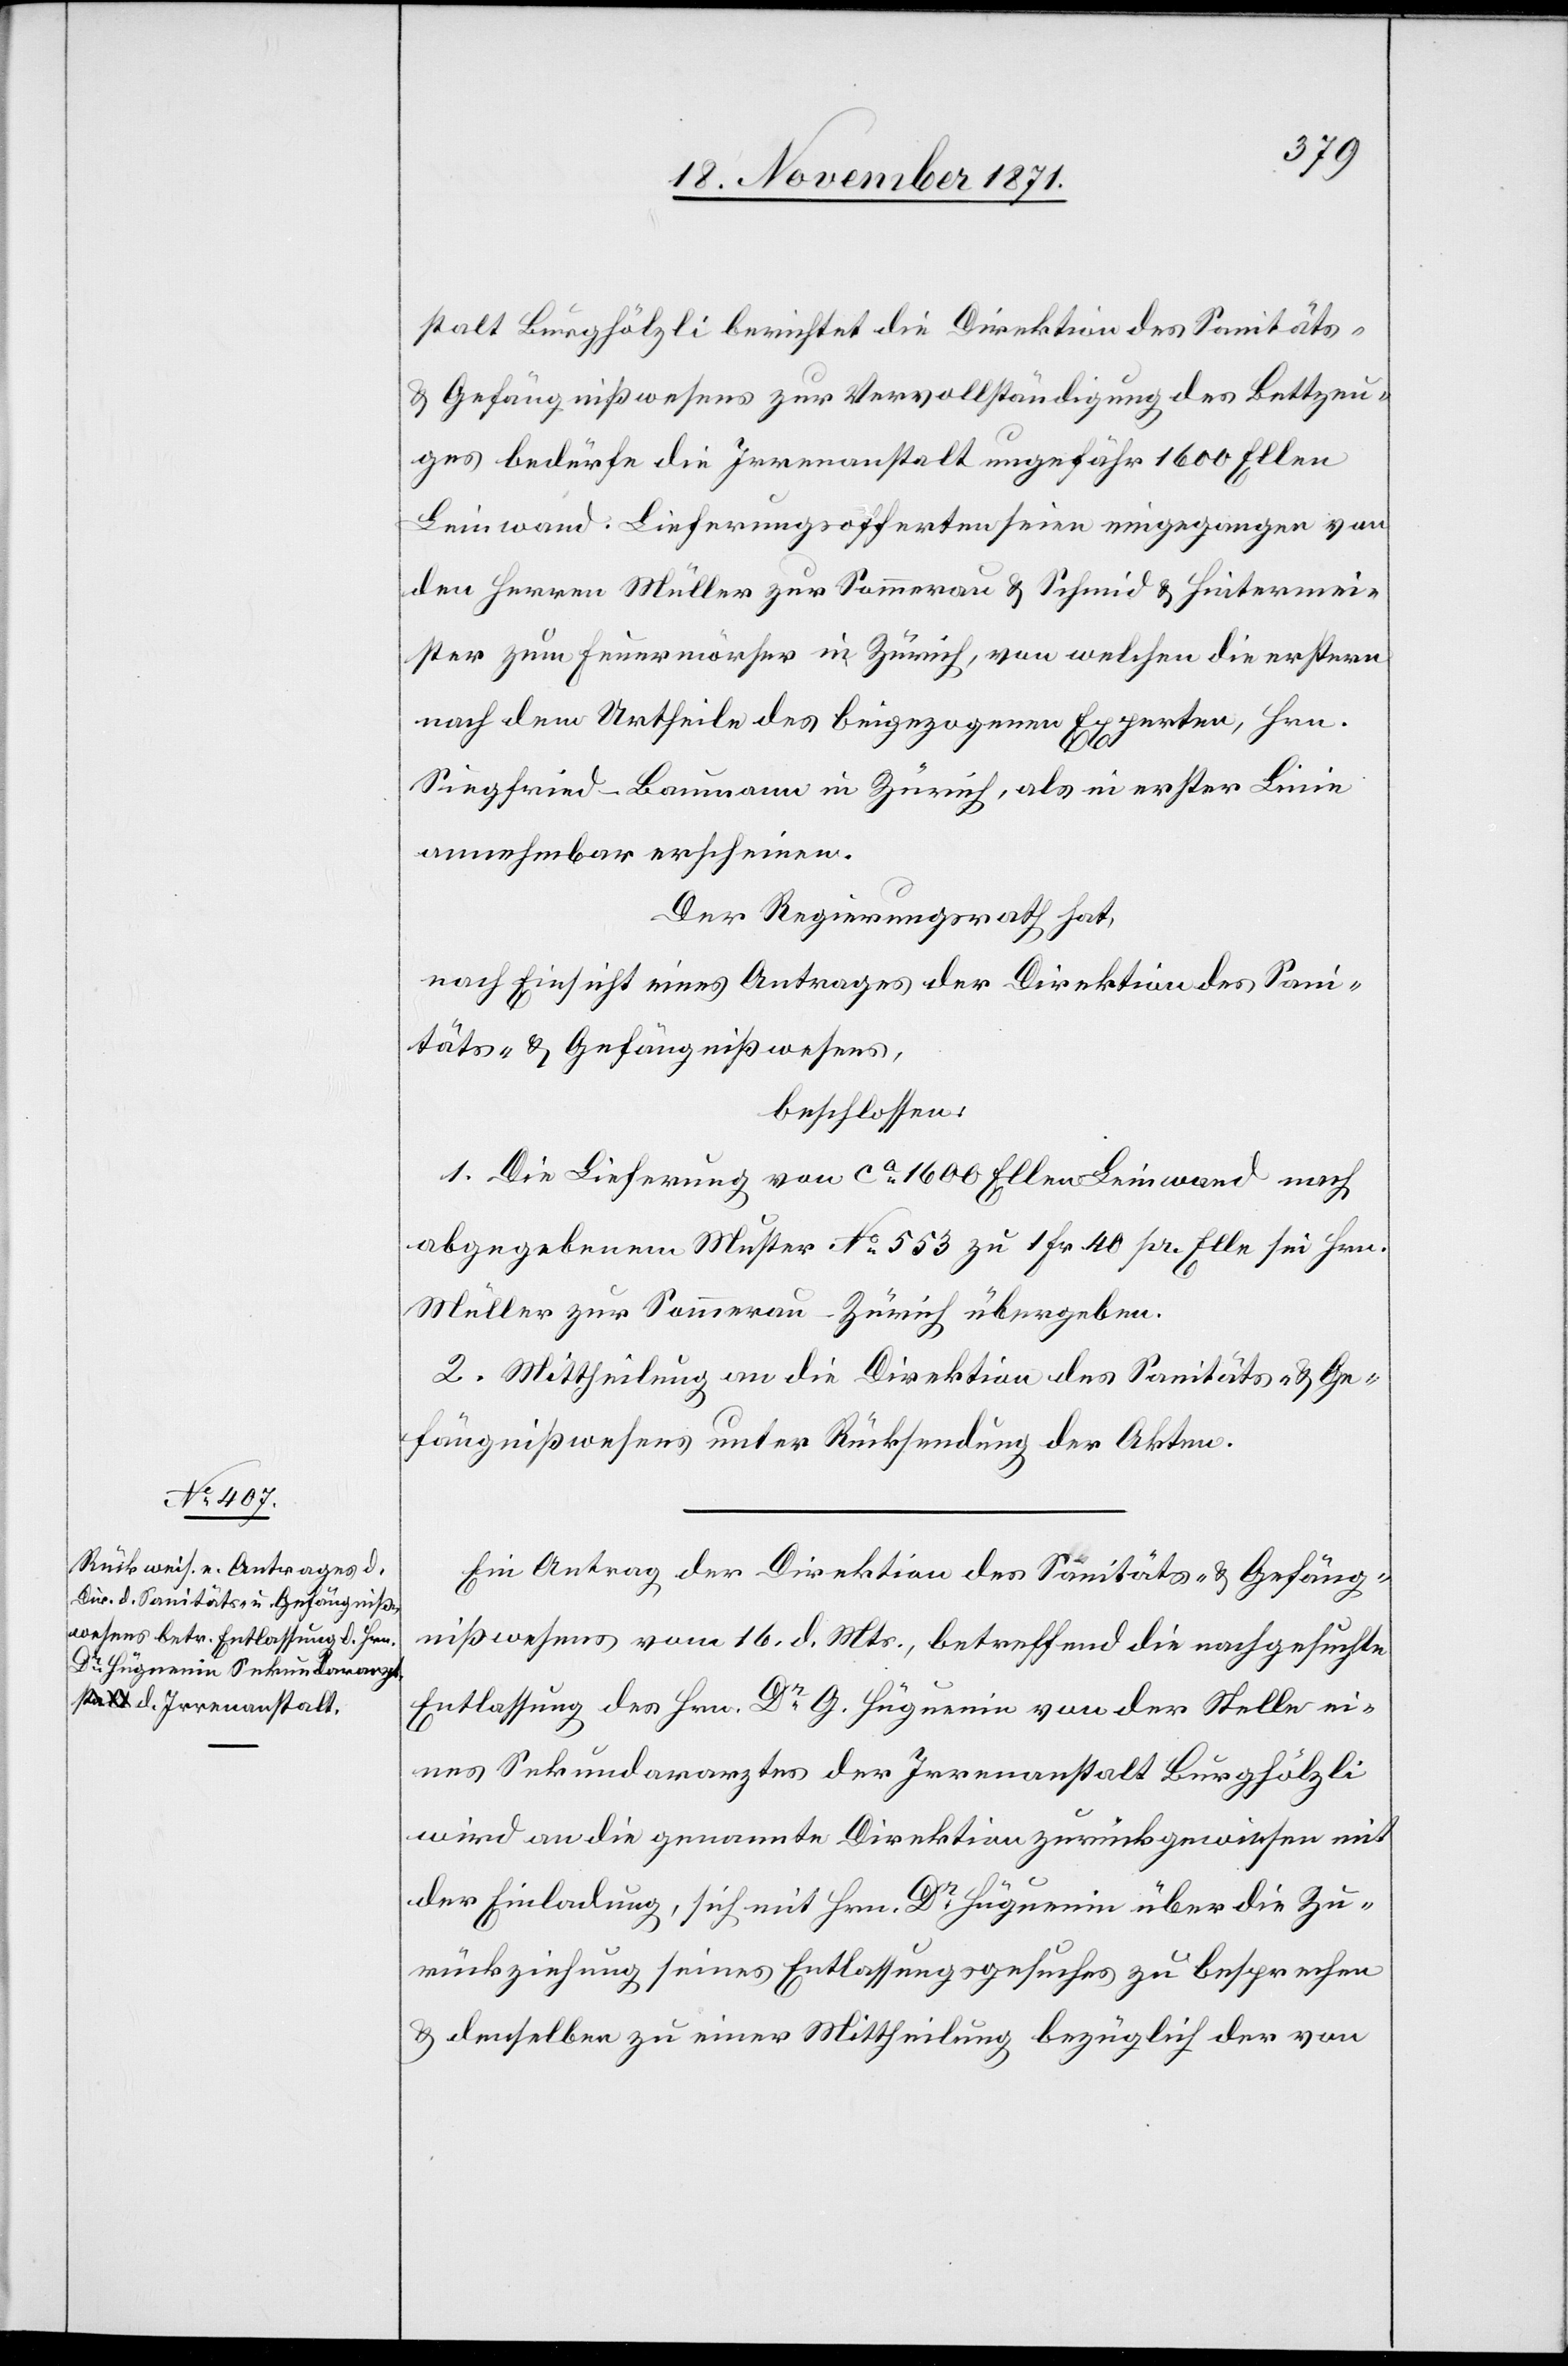
stalt Burghölzli berichtet die Direktion des Sanitäts-
& Gefängnißwesens zur Vervollständigung des Bettzeu¬
ges bedürfe die Irrenanstalt ungefähr 1600 Ellen
Leinwand. Lieferungsofferten seien eingegangen von
den Herren Müller zur Sommerau & Schmid & Hintermei¬
ster zum Feuermörser in Zürich, von welchen die erstern
nach dem Urtheile des beigezogenen Expertenn Hrn.
Siegfried-Baumann in Zürich, als in erster Linie
annehmbar erscheinen.
Der Regierungsrath hat,
nach Einsicht eines Antrages der Direktion des Sani¬
täts- & Gefängnißwesens,
beschlossen:
1. Die Lieferung von ca 1600 Ellen Leinwand nach
abgegebenem Muster No 553 zu 1 Frk. 40 pr. Elle sei Hrn.
Müller zur Sommerau-Zürich übergeben.
2. Mittheilung an die Direktion des Sanitäts- & Ge¬
fängnißwesens unter Rücksendung der Akten.
Ein Antrag der Direktion des Sanitäts- & Gefäng¬
nißwesens vom 16. d. Mts., betreffend die nachgesuchte
Entlassung des Hrn. Dr. Hüguenin von der Stelle ei¬
nes Sekundararztes der Irrenanstalt Burghölzli
wird an die genannte Direktion zurückgewiesen mit
der Einladung, sich mit Hrn. Dr. Hüguenin über die Zu¬
rückziehung seines Entlassungsgesuches zu besprechen
& denselben zu einer Mittheilung bezüglich der von